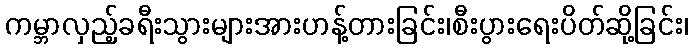
ကမ္ဘာလှည့်ခရီးသွားများအားဟန့်တားခြင်း၊စီးပွားရေးပိတ်ဆို့ခြင်း၊